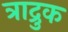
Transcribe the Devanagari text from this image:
त्राद्रुक